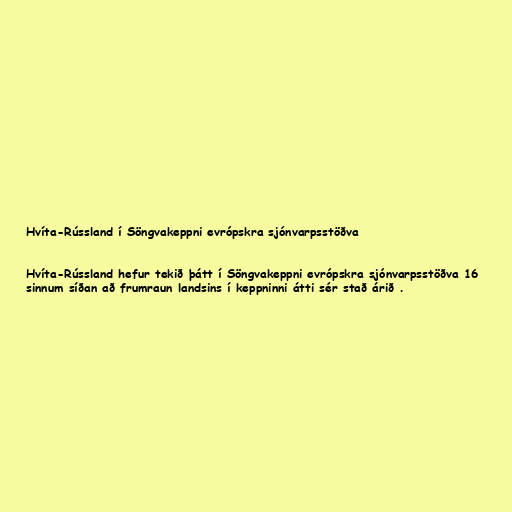
Hvíta-Rússland í Söngvakeppni evrópskra sjónvarpsstöðva

Hvíta-Rússland hefur tekið þátt í Söngvakeppni evrópskra sjónvarpsstöðva 16
sinnum síðan að frumraun landsins í keppninni átti sér stað árið .